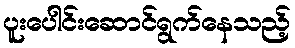
ပူးပေါင်းဆောင်ရွက်နေသည့်